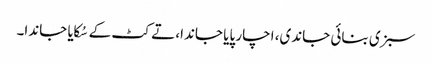
سبزی بنائی جاندی، اچار پایا جاندا، تے کٹ کے سُکایا جاندا۔